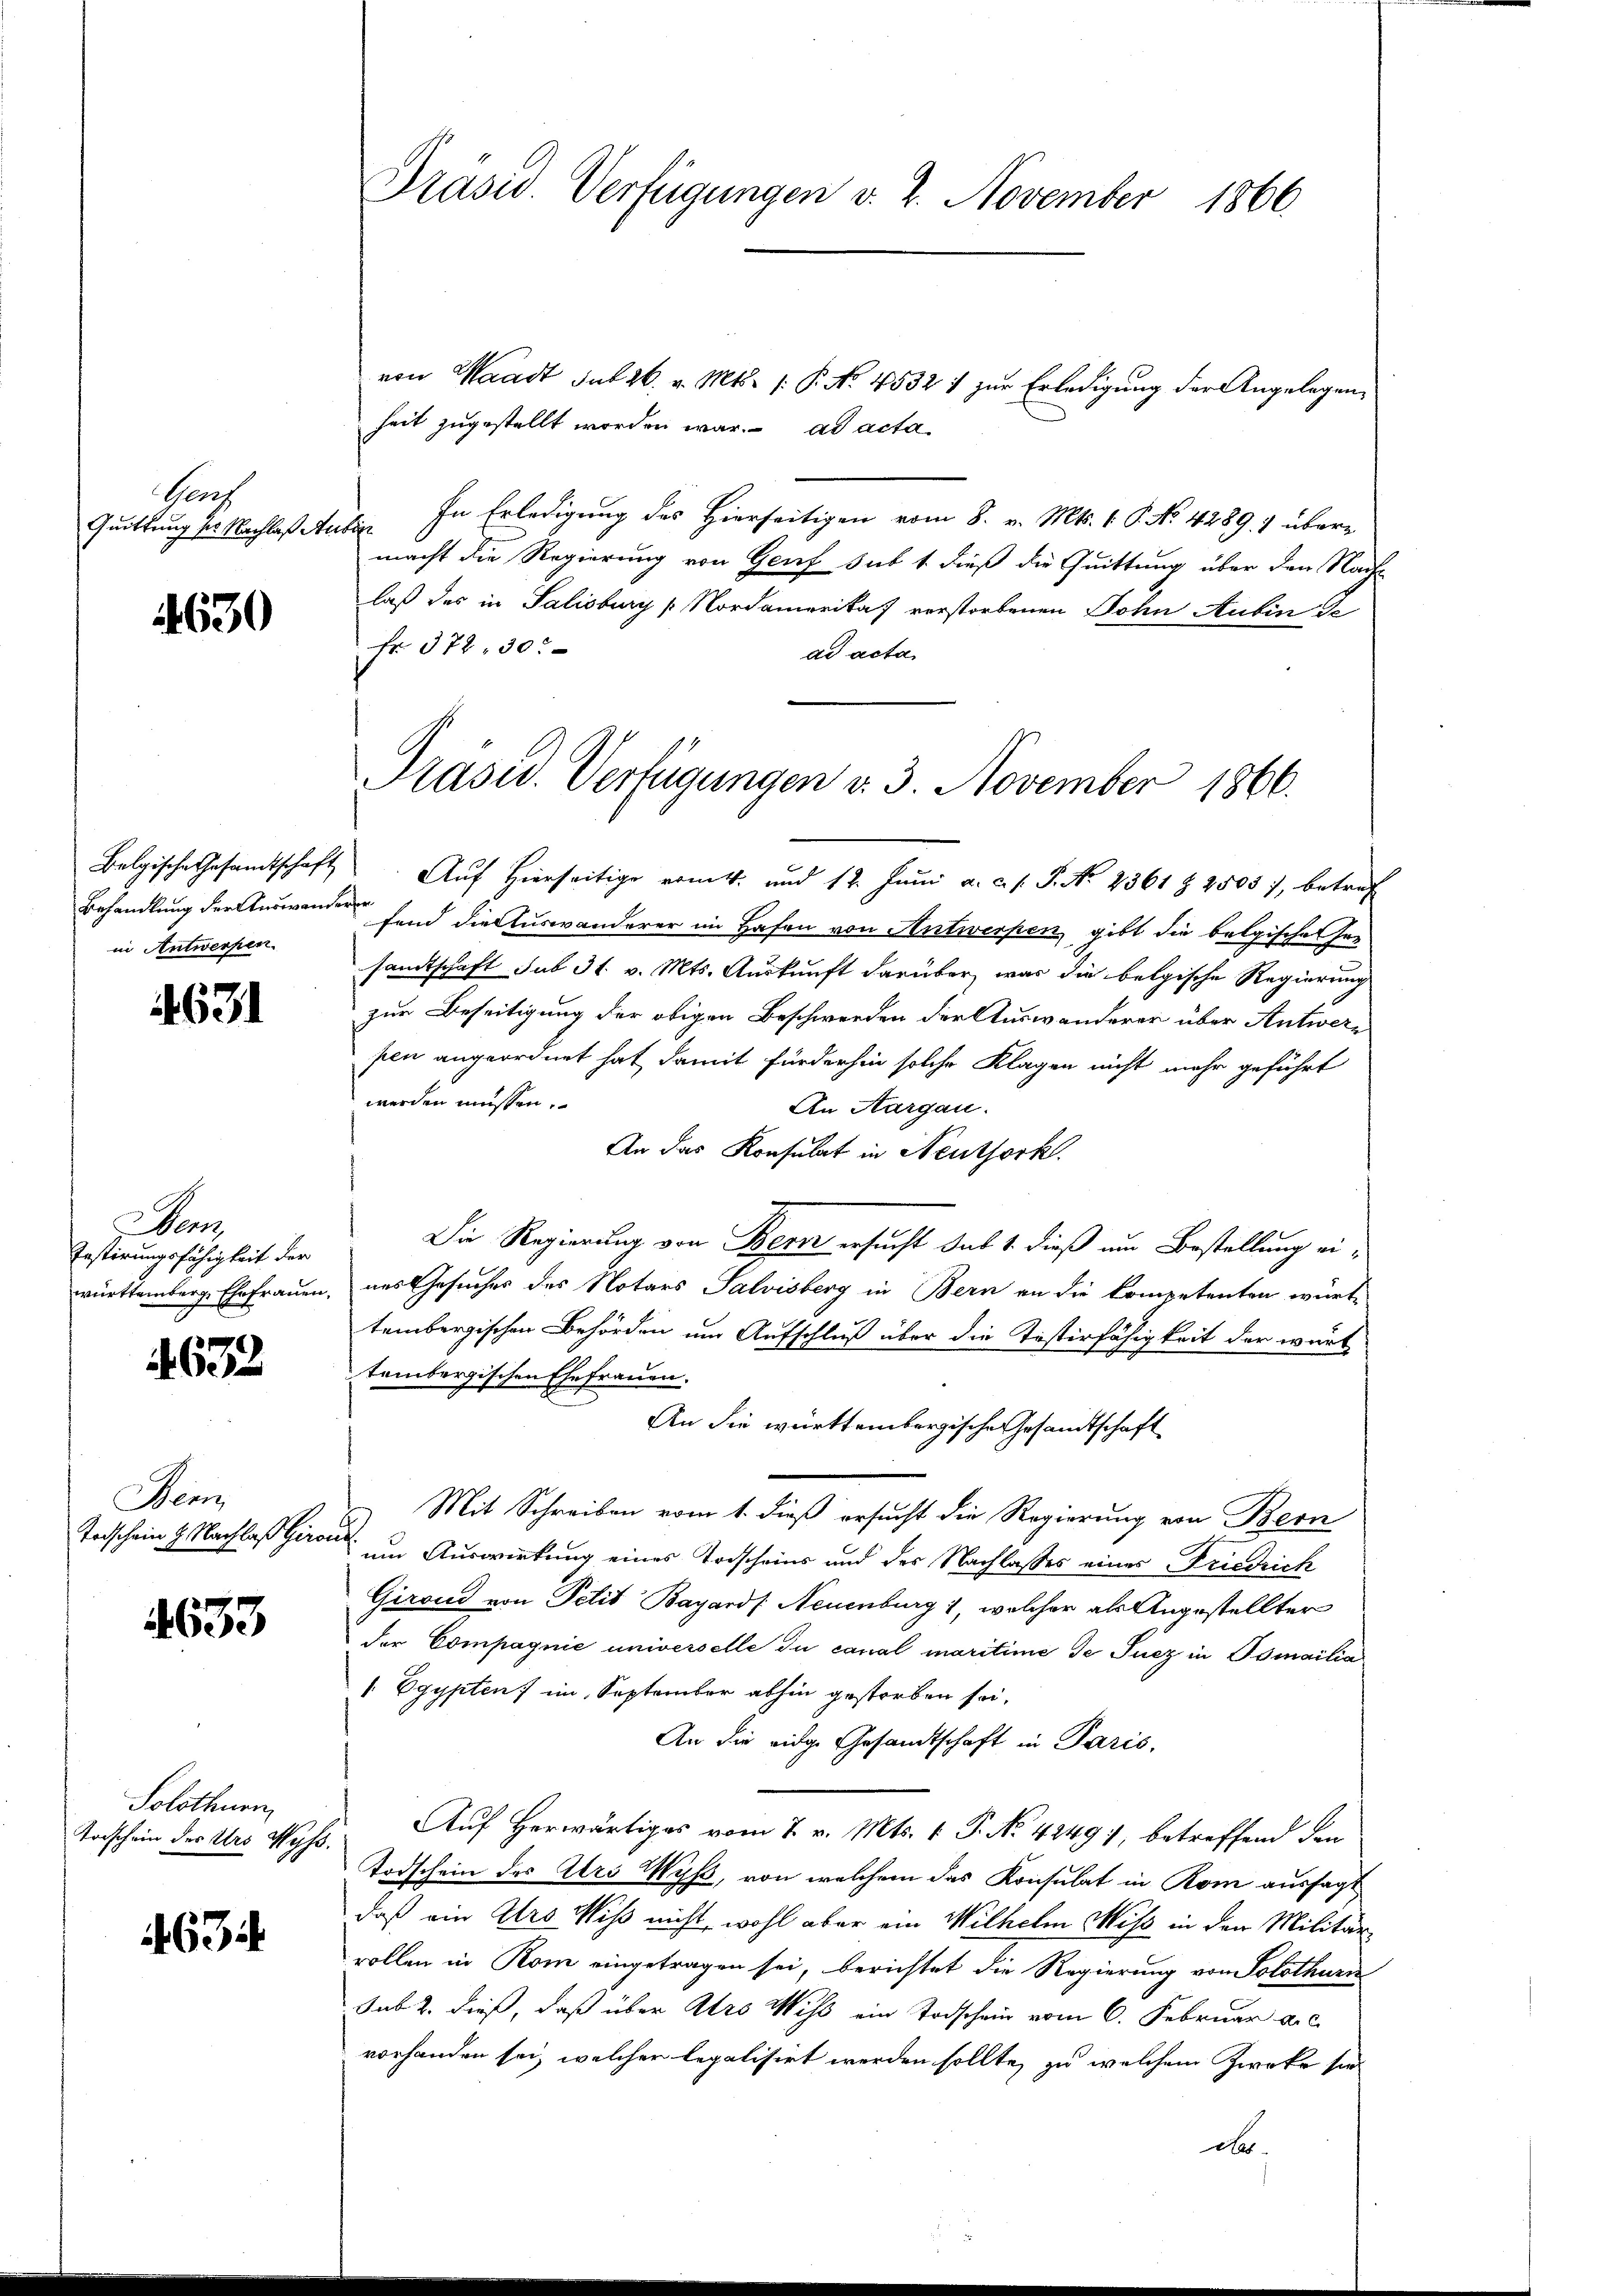
Senf
Quittung der Nachlaß Autor

4630

in Antwerfen.

4631

er
Testirungsfähigkeit der

632

Wenz
Todschein H. Nachlaß hieraus

4633

Solothurn
Todschein des Urs Wyss.

634

Präsid. Verfügungen v. 2. November 1866

von Waadt sub 26. v. Mts. (: P. No. 4532 :/ zur Erledigung der Angelegenheit zugestellt worden war. ad acta
In Erledigung des Hierseitigen vom 8. v. Mts. 1. P. No. 42891 übermacht die Regierung von Genf sub 1. dieß die Quittung über den Nach-
laß das in Salisburg Nordamerika vorstorbenen Sohn Anbinde
fr. 372, 30.
ad acta
Belgische Gesamtschaft. Auf Hierseitige vom 4. und 12. Jŭni a. c. s. S. No 2361 § 2505), betref
Behandlung der Auswandern sind die Auswanderer im Hafen von Antwerpen gibt die belgischen Insamtschaft sub 31. v. Mts. Auskunft darüber war die belgische Regierung
zur Beseitigung der obigen Beschwerden der Auswanderer über Antwerpen angeordnet hat, damit fürderhin solche Klagen nicht mehr geführt
werden müssen.
An Aargau.
An das Konsulat in Neuthork
Die Regierung von Bern ersucht das 1. dieß um Bestellung eiwürttemberg Ehefrauen, das Gesuches des Notars Salvisberg in Bern an die Competenten würt-
tembergischen Behörden um Aufschluß über die Testirfähigkeit der wärt
tembergischen Ehefrauen.
An die württembergische Gesandtschaft
Mit Schreiben vom 1. dieß ersucht die Regierung von Bern
um Auswirkung eines Torscheins und der Nachlasses eines Friedrich
Giroud von Pelis Bayards Neuenburg 1, welcher als Angestellter
der Compagnie universelle du canal maritime de Sucz in Osmailia
/. Egypten im September abhin gestorben sei.
An die eidge Gesandtschaft in Paris,
Auf Herwärtiges vom 7. v. Mts. v. P. No 42491, betreffend den
Todschein des Ars Wyß, von welchem das Konsulat in Rom aussagt
daß ein Ars Wiß nicht, wohl aber ein Wilhelm Miss in den Militärrollen in Rom eingetragen sei, berichtet die Regierung von Solothurn
sub. 2. dieß, daß über Ars Wiss ein Todschein vom 6. Februar a. c.
vorhanden sei, welcher legalisirt werden sollte, zu welchem Zweke sie
dr.

Präsed. Verfügungen v. 3. November 1866.